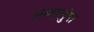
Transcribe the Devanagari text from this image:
अलालुंगा